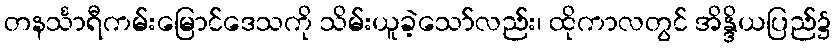
တနင်္သာရီကမ်းမြောင်ဒေသကို သိမ်းယူခဲ့သော်လည်း၊ ထိုကာလတွင် အိန္ဒိယပြည်၌